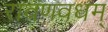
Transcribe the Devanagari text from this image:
रावणवधम्